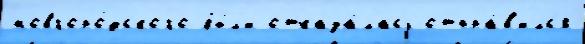
новгоро́дского бы́л'и отказа́лась отпра́в'илс'я